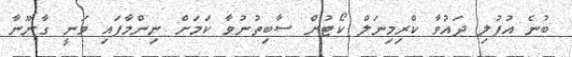
ބުނެ އުފުލި ދައުވާ ކްރިމިނަލް ކޯޓުން ސާބިތުނުވާ ކަމަށް ނިންމާފައި ވަނީ ގާނޫނާ